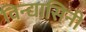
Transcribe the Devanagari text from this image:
विन्द्यासिनी